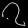
Digit: ၇